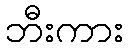
ဘီးကား